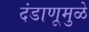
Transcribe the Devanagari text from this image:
दंडाणूमुळे